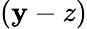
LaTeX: (\mathbf{y}-z)